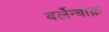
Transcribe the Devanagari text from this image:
बर्लेन्बाक़